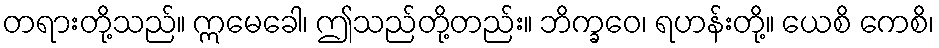
တရားတို့သည်။ ဣမေခေါ၊ ဤသည်တို့တည်း။ ဘိက္ခဝေ၊ ရဟန်းတို့။ ယေစိ ကေစိ၊